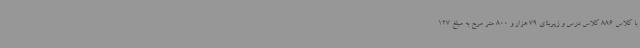
با کلاس 886 کلاس درس و زیربنای 79 هزار و 800 متر مربع به مبلغ 127